system: You are a helpful assistant.
user:
Analyze the provided spectrum to determine if it is a **M-type Giant (gM)**.

A M-type Giant spectrum is defined by its **strong molecular absorption** features, particularly from **Titanium Oxide (TiO)**. You must check for one of the following mutually exclusive signatures:

- **Key Visual Indicators (Absorption-Dominated Spectrum):**

    - **(Primary):** The spectrum is dominated by strong molecular absorption from **Titanium Oxide (TiO)**. This is the **defining feature** of its M-type temperature class.
        - **(Key Bandheads):** Look for sharp, "saw-tooth" absorption valleys. The strongest are located near **~7050 Å**, **~6160 Å**, and **~5170 Å**.
        - **(Line Profile):** The "saw-tooth" morphology is critical: a **sharp, steep drop on the BLUE (short-wavelength) side** of the bandhead, followed by a gradual recovery (rising flux) towards the RED (long-wavelength) side.

    - **(Key Confirmation - Giant vs. Dwarf):** **ABSENCE** of strong **Calcium Hydride (CaH)** molecular bands. This is the primary diagnostic for *excluding* M-dwarfs.
        - **(Key Region):** The spectrum should lack the strong, broad absorption band seen in dwarfs between **~6800 Å and ~7000 Å**.

    - **(Secondary Confirmation - Giant):** A very strong and broad **Neutral Calcium (Ca I)** atomic absorption line.
        - **(Key Line):** Located at **~4226 Å**. In a giant (gM), this line is significantly deeper and broader than the same line in an M-dwarf (dM) due to low surface gravity.

    - **(Overall Spectrum):**
        - The continuum is **extremely red-sloping** (i.e., flux is very low in the blue and rises dramatically towards the red).
        - The entire spectrum appears "chopped up" by the deep TiO bands.

Think first, call **spectral_visualization_tool** if needed to examine features in detail, then provide your final answer. Your response must adhere to the following strict rules:
1.  **Overall Structure:** Your response must follow the format `<think>...</think> <tool_call>...</tool_call> (if a tool is used) <answer>...</answer>`.
2.  **Tool Usage Constraint:** You may only make **one** tool call per turn.
3.  **Final Answer Format:** In the `<answer>` tag, your conclusion must be inside a `\boxed{}` command (e.g., `\boxed{YES}` or `\boxed{NO}`), followed by your justification.

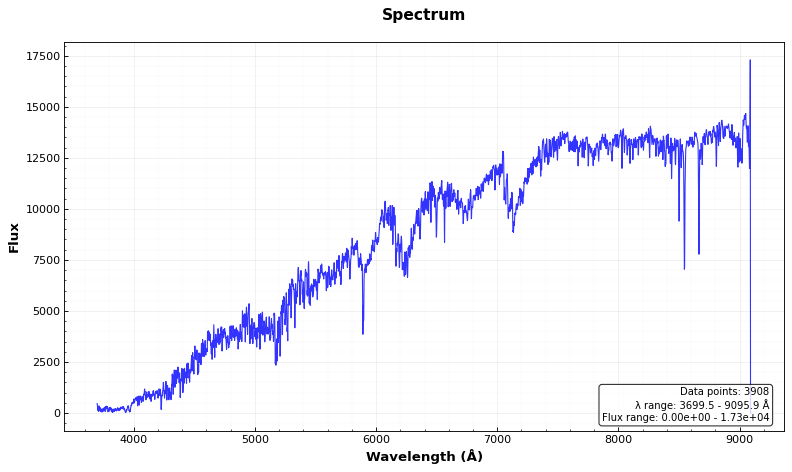
Answer: YES